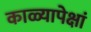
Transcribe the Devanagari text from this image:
काळ्यापेक्षां